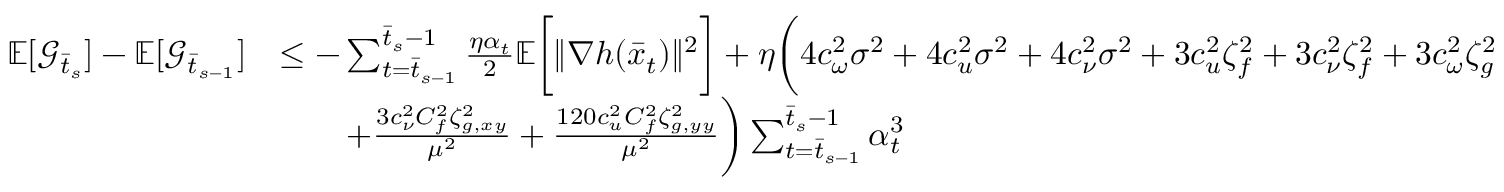
\begin{array} { r l } { \mathbb { E } [ \mathcal { G } _ { \bar { t } _ { s } } ] - \mathbb { E } [ \mathcal { G } _ { \bar { t } _ { s - 1 } } ] } & { \leq - \sum _ { t = \bar { t } _ { s - 1 } } ^ { \bar { t } _ { s } - 1 } \frac { \eta \alpha _ { t } } { 2 } \mathbb { E } \bigg [ \| \nabla h ( \bar { x } _ { t } ) \| ^ { 2 } \bigg ] + \eta \bigg ( 4 c _ { \omega } ^ { 2 } \sigma ^ { 2 } + 4 c _ { u } ^ { 2 } \sigma ^ { 2 } + 4 c _ { \nu } ^ { 2 } \sigma ^ { 2 } + 3 c _ { u } ^ { 2 } \zeta _ { f } ^ { 2 } + 3 c _ { \nu } ^ { 2 } \zeta _ { f } ^ { 2 } + 3 c _ { \omega } ^ { 2 } \zeta _ { g } ^ { 2 } } \\ & { \qquad + \frac { 3 c _ { \nu } ^ { 2 } C _ { f } ^ { 2 } \zeta _ { g , x y } ^ { 2 } } { \mu ^ { 2 } } + \frac { 1 2 0 c _ { u } ^ { 2 } C _ { f } ^ { 2 } \zeta _ { g , y y } ^ { 2 } } { \mu ^ { 2 } } \bigg ) \sum _ { t = \bar { t } _ { s - 1 } } ^ { \bar { t } _ { s } - 1 } \alpha _ { t } ^ { 3 } } \end{array}